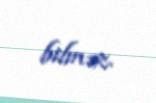
bilməz.